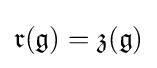
{\mathfrak {r}}({\mathfrak {g}})={\mathfrak {z}}({\mathfrak {g}})